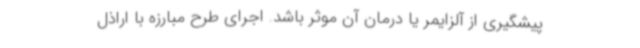
پیشگیری از آلزایمر یا درمان آن موثر باشد. اجرای طرح مبارزه با اراذل